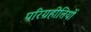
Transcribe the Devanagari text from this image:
परिग्रहीतियों